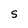
Character: s